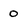
Character: 0